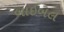
બાઇબલ